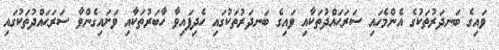
ވައިގެ ބަނދަރުތަކުގެ އެންމެހައި ސަރަޙައްދުތަކާއި ވައިގެ ބަނދަރުތަކުގައި ހެދިފައިވާ ހާބަރުތަކާއި ވަށައިގެންވާ ސަރަޙައްދުތަކުގައި